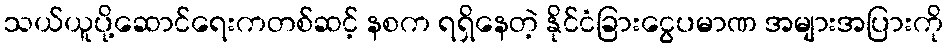
သယ်ယူပို့ဆောင်ရေးကတစ်ဆင့် နစက ရရှိနေတဲ့ နိုင်ငံခြားငွေပမာဏ အများအပြားကို